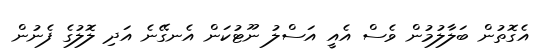
އެގޮތުން ބަލާލުމުން ވެސް އެއީ އަސްލު ނޫޓުކަން އެނގޭނެ އަދި ލޮލުގެ ފެނުން